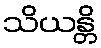
သိယန္တိ